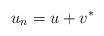
LaTeX: \begin{align*}u_n = u + v^*\end{align*}